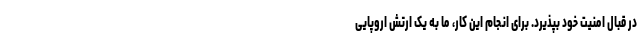
در قبال امنیت خود بپذیرد. برای انجام این کار، ما به یک ارتش اروپایی